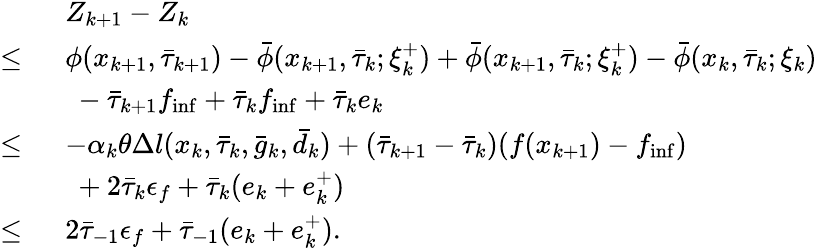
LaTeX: \begin{array}{rl}&{Z_{k+1}-Z_{k}}\\ {\leq\ }&{\phi(x_{k+1},\bar{\tau}_{k+1})-\bar{\phi}(x_{k+1},\bar{\tau}_{k};\xi_{k}^{+})+\bar{\phi}(x_{k+1},\bar{\tau}_{k};\xi_{k}^{+})-\bar{\phi}(x_{k},\bar{\tau}_{k};\xi_{k})}\\ &{\ -\bar{\tau}_{k+1}f_{\operatorname*{inf}}+\bar{\tau}_{k}f_{\operatorname*{inf}}+\bar{\tau}_{k}e_{k}}\\ {\leq\ }&{-\alpha_{k}\theta\Delta l(x_{k},\bar{\tau}_{k},\bar{g}_{k},\bar{d}_{k})+(\bar{\tau}_{k+1}-\bar{\tau}_{k})(f(x_{k+1})-f_{\operatorname*{inf}})}\\ &{\ +2\bar{\tau}_{k}\epsilon_{f}+\bar{\tau}_{k}(e_{k}+e_{k}^{+})}\\ {\leq\ }&{2\bar{\tau}_{-1}\epsilon_{f}+\bar{\tau}_{-1}(e_{k}+e_{k}^{+}).}\end{array}